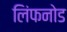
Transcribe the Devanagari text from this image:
लिंफनोड